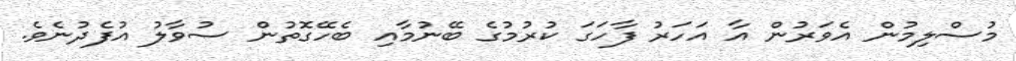
މުސްލިމުން އެވަރުން އާ އަހަރު ފާހަގަ ކުރުމުގެ ބޭނުމާއި ބެހޭގޮތުން ސުވާލު އުފެދުނެވެ.